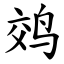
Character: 䴔